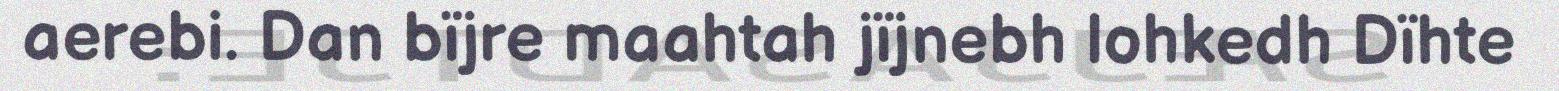
aerebi. Dan bïjre maahtah jïjnebh lohkedh Dïhte